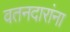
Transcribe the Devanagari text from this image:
वतनदारांना